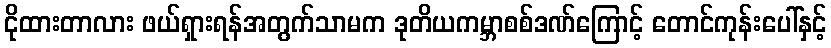
ငိုထားတာလား ဖယ်ရှားရန်အတွက်သာမက ဒုတိယကမ္ဘာစစ်ဒဏ်ကြောင့် တောင်ကုန်းပေါ်နှင့်